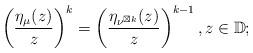
LaTeX: \begin{align*}\left(\frac{\eta_{\mu}(z)}{z}\right)^{k}=\left(\frac{\eta_{\nu^{\boxtimes k}}(z)}{z}\right)^{k-1},z\in\mathbb{D};\end{align*}